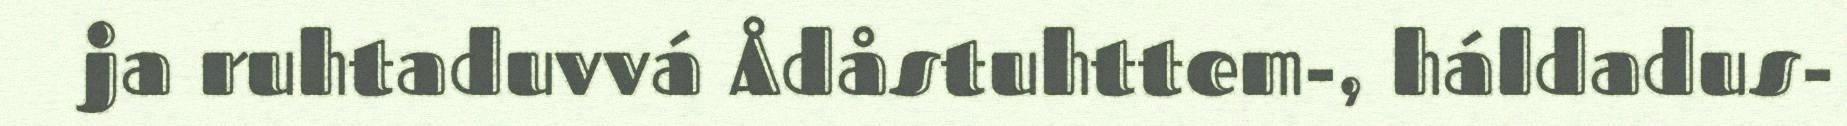
ja ruhtaduvvá Ådåstuhttem-, háldadus-